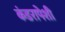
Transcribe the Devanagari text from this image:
कंडरापेशी